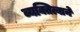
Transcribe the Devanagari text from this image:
व्यक्तित्वाने